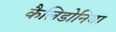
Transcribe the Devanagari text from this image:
कैलिडोनिया